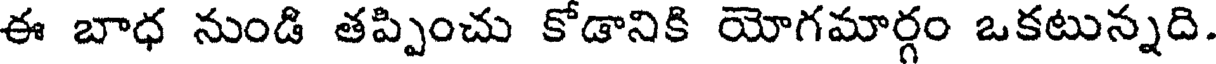
ఈ బాధ నుండి తప్పించు కోడానికి యోగమార్గం ఒకటున్నది.